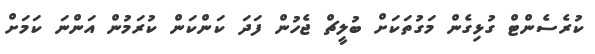
ކުރެސެންޓް ގުޅިގެން މަގުތަކަށް ބުލީޗް ޖެހުން ފަދަ ކަންކަން ކުރަމުން އަންނަ ކަމަށް